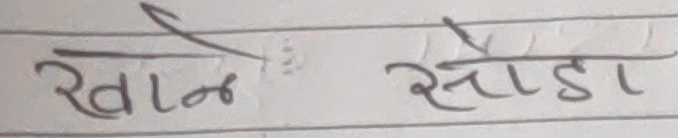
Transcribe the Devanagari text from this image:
खाने सोडा